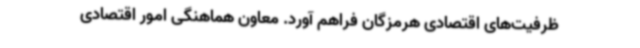
ظرفیت‌های اقتصادی هرمزگان فراهم آورد. معاون هماهنگی امور اقتصادی